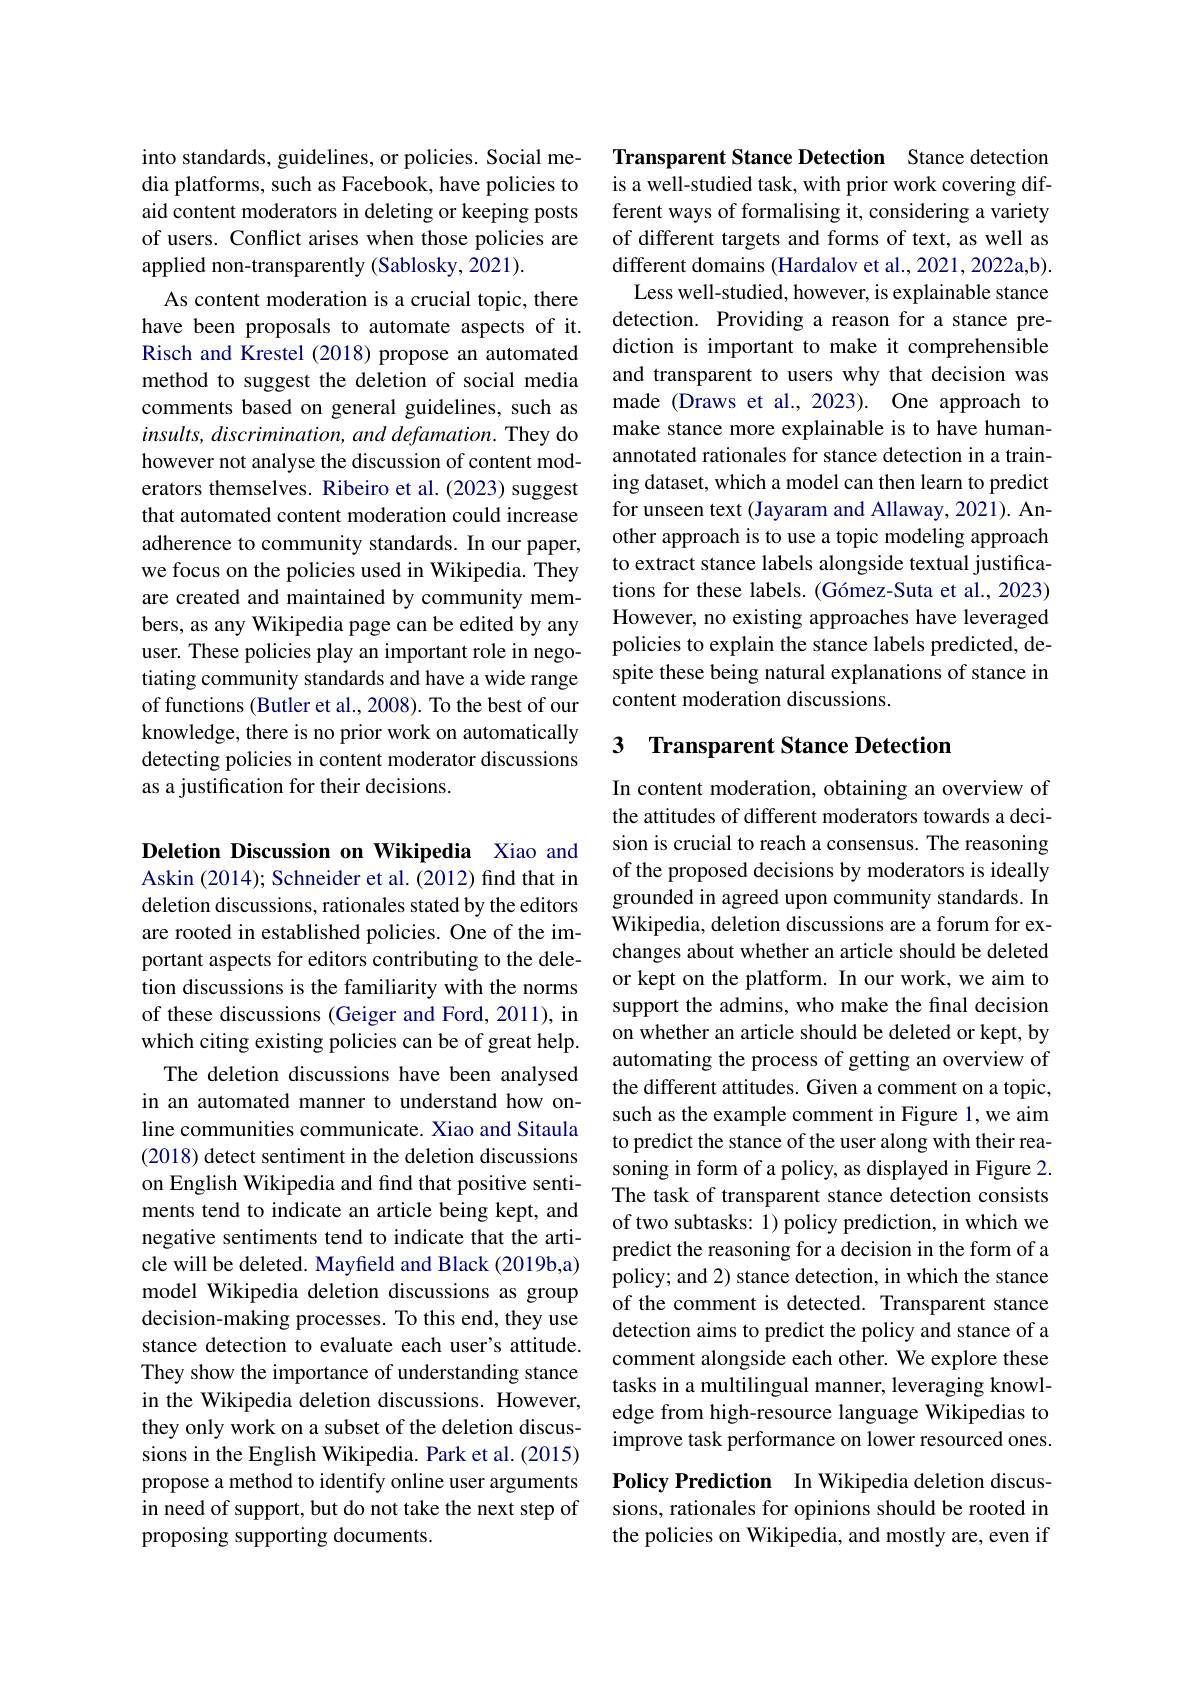
into standards, guidelines, or policies. Social media platforms, such as Facebook, have policies to aid content moderators in deleting or keeping posts of users. Conflict arises when those policies are applied non-transparently (Sablosky, 2021).
As content moderation is a crucial topic, there have been proposals to automate aspects of it. Risch and Krestel (2018) propose an automated method to suggest the deletion of social media comments based on general guidelines, such as insults, discrimination, and defamation. They do however not analyse the discussion of content moderators themselves. Ribeiro et al.(2023) suggest that automated content moderation could increase adherence to community standards. In our paper, we focus on the policies used in Wikipedia. They are created and maintained by community members, as any Wikipedia page can be edited by any user. These policies play an important role in negotiating community standards and have a wide range of functions (Butler et al., 2008). To the best of our knowledge, there is no prior work on automatically detecting policies in content moderator discussions as a justification for their decisions.

Deletion Discussion on Wikipedia Xiao and Askin (2014); Schneider et al.(2012) find that in deletion discussions, rationales stated by the editors are rooted in established policies. One of the important aspects for editors contributing to the deletion discussions is the familiarity with the norms of these discussions (Geiger and Ford, 2011), in which citing existing policies can be of great help. The deletion discussions have been analysed
in an automated manner to understand how online communities communicate. Xiao and Sitaula (2018) detect sentiment in the deletion discussions on English Wikipedia and find that positive sentiments tend to indicate an article being kept, and negative sentiments tend to indicate that the article will be deleted. Mayfield and Black (2019b,a) model Wikipedia deletion discussions as group decision-making processes. To this end, they use stance detection to evaluate each user's attitude. They show the importance of understanding stance in the Wikipedia deletion discussions. However, they only work on a subset of the deletion discussions in the English Wikipedia. Park et al.(2015) propose a method to identify online user arguments in need of support, but do not take the next step of proposing supporting documents.

Transparent Stance Detection Stance detection is a well-studied task, with prior work covering different ways of formalising it, considering a variety of different targets and forms of text, as well as different domains (Hardalov et al., 2021, 2022a,b).
Less well-studied, however, is explainable stance detection. Providing a reason for a stance prediction is important to make it comprehensible and transparent to users why that decision was made (Draws et al.,2023). One approach to make stance more explainable is to have humanannotated rationales for stance detection in a training dataset, which a model can then learn to predict for unseen text (Jayaram and Allaway, 2021). Another approach is to use a topic modeling approach to extract stance labels alongside textual justifications for these labels. (Gómez-Suta et al., 2023) However, no existing approaches have leveraged policies to explain the stance labels predicted, despite these being natural explanations of stance in content moderation discussions.

## 3 Transparent Stance Detection

In content moderation, obtaining an overview of the attitudes of different moderators towards a decision is crucial to reach a consensus. The reasoning of the proposed decisions by moderators is ideally grounded in agreed upon community standards. In Wikipedia, deletion discussions are a forum for exchanges about whether an article should be deleted or kept on the platform. In our work, we aim to support the admins, who make the final decision on whether an article should be deleted or kept, by automating the process of getting an overview of the different attitudes. Given a comment on a topic, such as the example comment in Figure 1,we aim to predict the stance of the user along with their reasoning in form of a policy, as displayed in Figure 2. The task of transparent stance detection consists of two subtasks: 1) policy prediction, in which we predict the reasoning for a decision in the form of a policy; and 2) stance detection, in which the stance of the comment is detected. Transparent stance detection aims to predict the policy and stance of a comment alongside each other. We explore these tasks in a multilingual manner, leveraging knowledge from high-resource language Wikipedias to improve task performance on lower resourced ones. Policy Prediction In Wikipedia deletion discussions, rationales for opinions should be rooted in

the policies on Wikipedia, and mostly are, even if